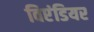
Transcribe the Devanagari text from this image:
विएंडियर